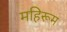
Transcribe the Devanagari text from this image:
महिरूम